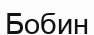
Бобин